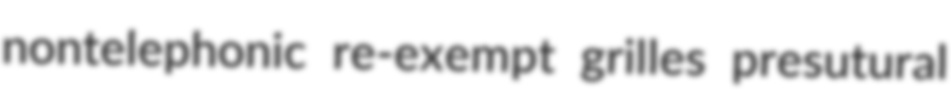
nontelephonic re-exempt grilles presutural